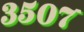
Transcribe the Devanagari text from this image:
३५०७